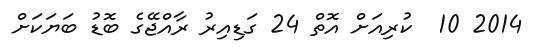
2014 10  ކުރިއަށް އޮތް 24 ގަޑިއިރު ރާއްޖޭގެ ބޮޑު ބަޔަކަށް